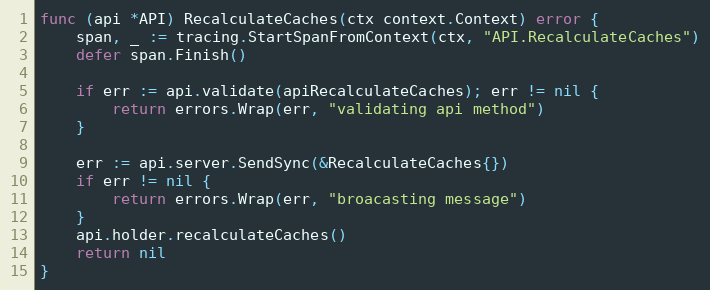
Language: Go
func (api *API) RecalculateCaches(ctx context.Context) error {
	span, _ := tracing.StartSpanFromContext(ctx, "API.RecalculateCaches")
	defer span.Finish()

	if err := api.validate(apiRecalculateCaches); err != nil {
		return errors.Wrap(err, "validating api method")
	}

	err := api.server.SendSync(&RecalculateCaches{})
	if err != nil {
		return errors.Wrap(err, "broacasting message")
	}
	api.holder.recalculateCaches()
	return nil
}